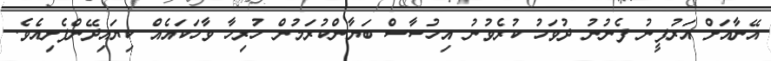
އޭނާއަށް އަރުފީނު ފެނުނު ދުވަހު ކުރެވުނު އިހުސާސް ބަޔާންކުރަމުން ހުރިހާ ވާހަކައެއް ކިޔައިދޭންފެށިއެވެ.